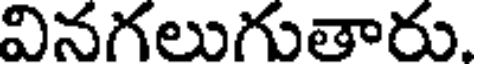
వినగలుగుతారు.